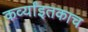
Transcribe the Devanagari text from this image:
कर्व्यांइतकाच